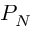
P _ { N }